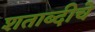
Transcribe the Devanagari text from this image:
शताब्दीचे